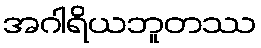
အဂါရိယဘူတဿ